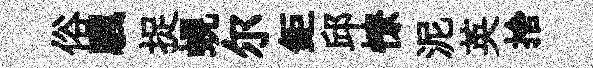
俗颿捉蜆尔鉅邱憭泥英捨